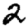
Digit: 2